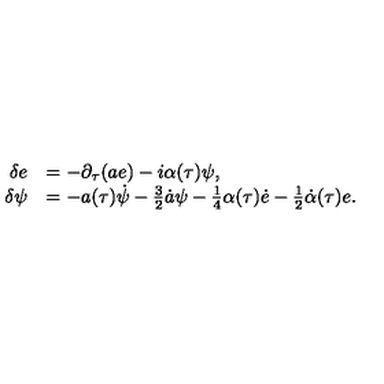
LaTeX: \begin{array} { r l } { \delta e } & { = - \partial _ { \tau } ( a e ) - { i } \alpha ( \tau ) \psi , } \\ { \delta \psi } & { = - a ( \tau ) \dot { \psi } - { \frac { 3 } { 2 } } \dot { a } \psi - { \frac { 1 } { 4 } } \alpha ( \tau ) \dot { e } - { \frac { 1 } { 2 } } \dot { \alpha } ( \tau ) e . } \\ \end{array}